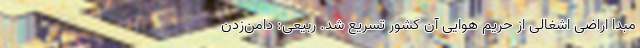
مبدا اراضی اشغالی از حریم هوایی آن کشور تسریع شد. ربیعی: دامن‌زدن